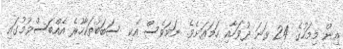
އިން މިމަހުގެ 24 ވަނަ ދުވަހާއި ހަމައަށެވެ. ނަމަވެސް އެކި ސަބަބުތަކާހުރެ އެއްބަސްވުމުގައި